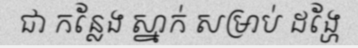
ជា កន្លែង ស្នាក់ សម្រាប់ ដង្ហែ